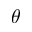
\theta